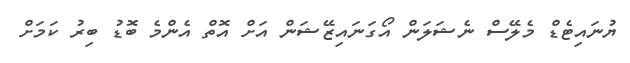
ޔުނައިޓެޑް މެލޭސް ނެޝަލަން އޯގަނައިޒޭޝަން އަށް އޮތް އެންމެ ބޮޑު ބިރު ކަމަށް